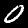
Label: 0